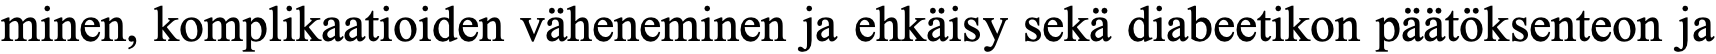
minen, komplikaatioiden väheneminen ja ehkäisy sekä diabeetikon päätöksenteon ja